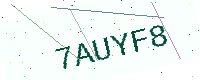
Text: 7AUYF8